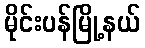
မိုင်းပန်မြို့နယ်